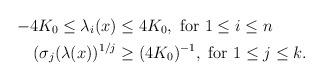
LaTeX: \begin{align*}-4K_0 \leq \lambda_i(x) \leq {} & 4K_0, \ \textrm{for } 1 \le i \le n \\ (\sigma_j(\lambda(x))^{1/j} \ge {} & (4K_0)^{-1}, \ \textrm{for } 1\le j \le k. \end{align*}